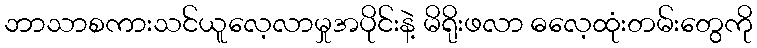
ဘာသာစကားသင်ယူလေ့လာမှုအပိုင်းနဲ့ မိရိုးဖလာ ဓလေ့ထုံးတမ်းတွေကို